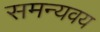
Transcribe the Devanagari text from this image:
समन्यवय